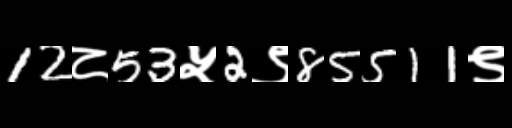
Text: 12८53५2९85511९